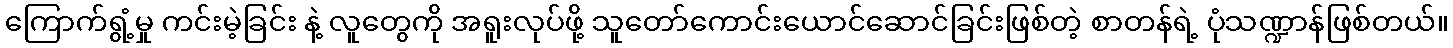
ကြောက်ရွံ့မှု ကင်းမဲ့ခြင်း နဲ့ လူတွေကို အရူးလုပ်ဖို့ သူတော်ကောင်းယောင်ဆောင်ခြင်းဖြစ်တဲ့ စာတန်ရဲ့ ပုံသဏ္ဍာန်ဖြစ်တယ်။